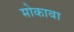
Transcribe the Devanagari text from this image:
मोकाबा